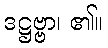
ဒဋ္ဌဗ္ဗာ၊ ၏။